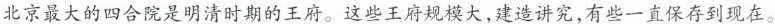
北京最大的四合院是明清时期的王府。这些王府规模大，建造讲究，有些一直保存到现在。